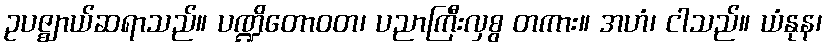
ဥပဇ္ဈာယ်ဆရာသည်။ ပဏ္ဍိတောဝတ၊ ပညာကြီးလှစွ တကား။ အဟံ၊ ငါသည်။ ယံနုန၊